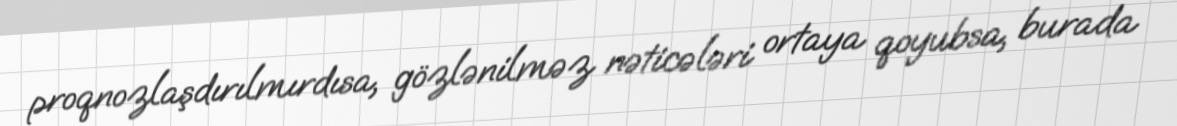
proqnozlaşdırılmırdısa, gözlənilməz nəticələri ortaya qoyubsa, burada